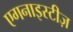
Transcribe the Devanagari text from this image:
एगनाइस्टीज़